Vaccination Hyderabad 1890-1903 - 1890-1903
Year: 1890
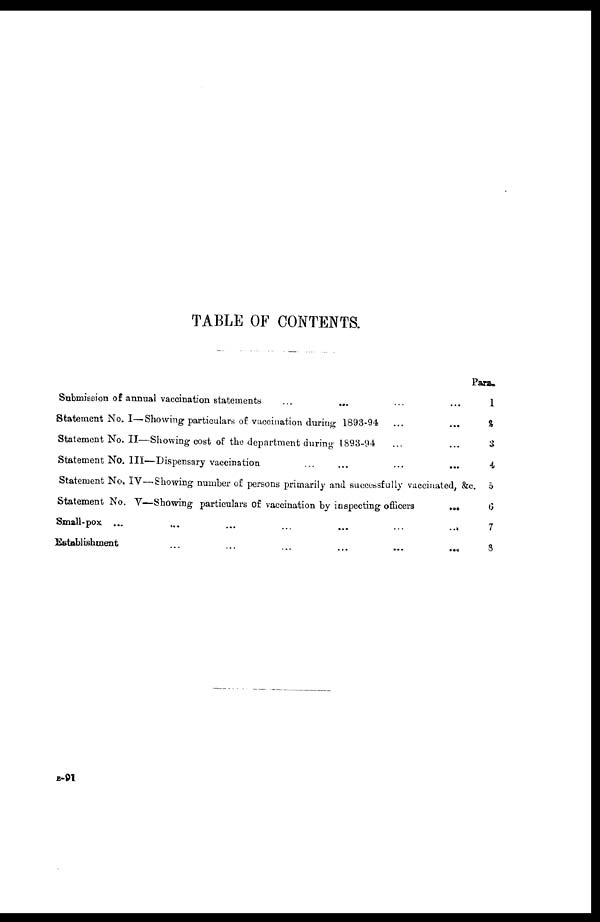
TABLE OF CONTENTS.
Submission of annual vaccination statements ... ... ... ...
Statement No. I—Showing particulars of vaccination during 1893-94 ... ...
Statement No. II—Showing cost of the department during 1893-94 ... ...
Statement No. III—Dispensary vaccination ... ... ... ...
Statement No. IV—Showing number of persons primarily and successfully vaccinated, &c.
Statement No. V— Showing particulars of vaccination by inspecting officers ...
Small-pox ... ... ... ... ... ... ...
Establishment
...
...
...
...
...
Para.
1
2
3
4
5
6
7
8
B-91